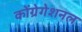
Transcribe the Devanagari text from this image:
कोंग्रेगेशनल